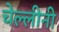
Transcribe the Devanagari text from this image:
चेल्लीनी